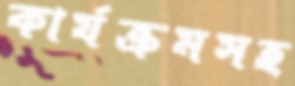
কার্যক্রমসহ